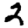
Digit: 2